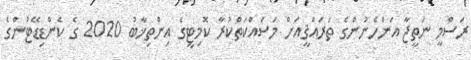
ރަސްމީ ނަތީޖާ އަންހެނުންގެ ތަރައްޤީއަށް މަސައްކަތްކުރާ ކޮމިޓީގެ އިންތިޚާބު 2020 ގެ ކެންޑިޑޭޓުންގެ